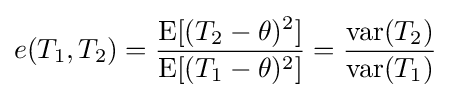
e(T_{1},T_{2})={\frac {\operatorname {E} [(T_{2}-\theta )^{2}]}{\operatorname {E} [(T_{1}-\theta )^{2}]}}={\frac {\operatorname {var} (T_{2})}{\operatorname {var} (T_{1})}}